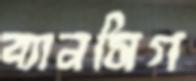
ব্যানসিগ